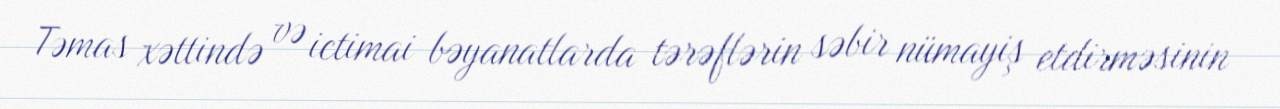
Təmas xəttində və ictimai bəyanatlarda tərəflərin səbir nümayiş etdirməsinin